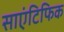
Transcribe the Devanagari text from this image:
साएंटिफिक